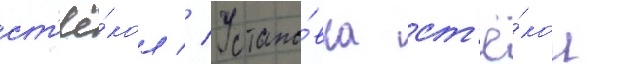
ст'ё́кол // Устано́вка ст'ё́кол